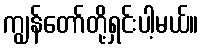
ကျွန်တော်တို့ရှင်းပါ့မယ်။